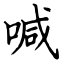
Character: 喊